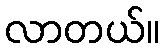
လာတယ်။